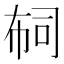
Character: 𢃊